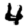
Digit: 4